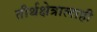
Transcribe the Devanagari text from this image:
तीर्थक्षेत्रालाही